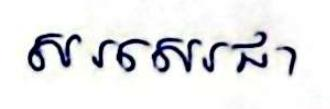
សរសេរជា